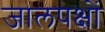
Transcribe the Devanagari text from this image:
जालपक्षों